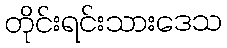
တိုင်းရင်းသားဒေသ